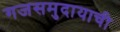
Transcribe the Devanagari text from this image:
गजसमुदायाची